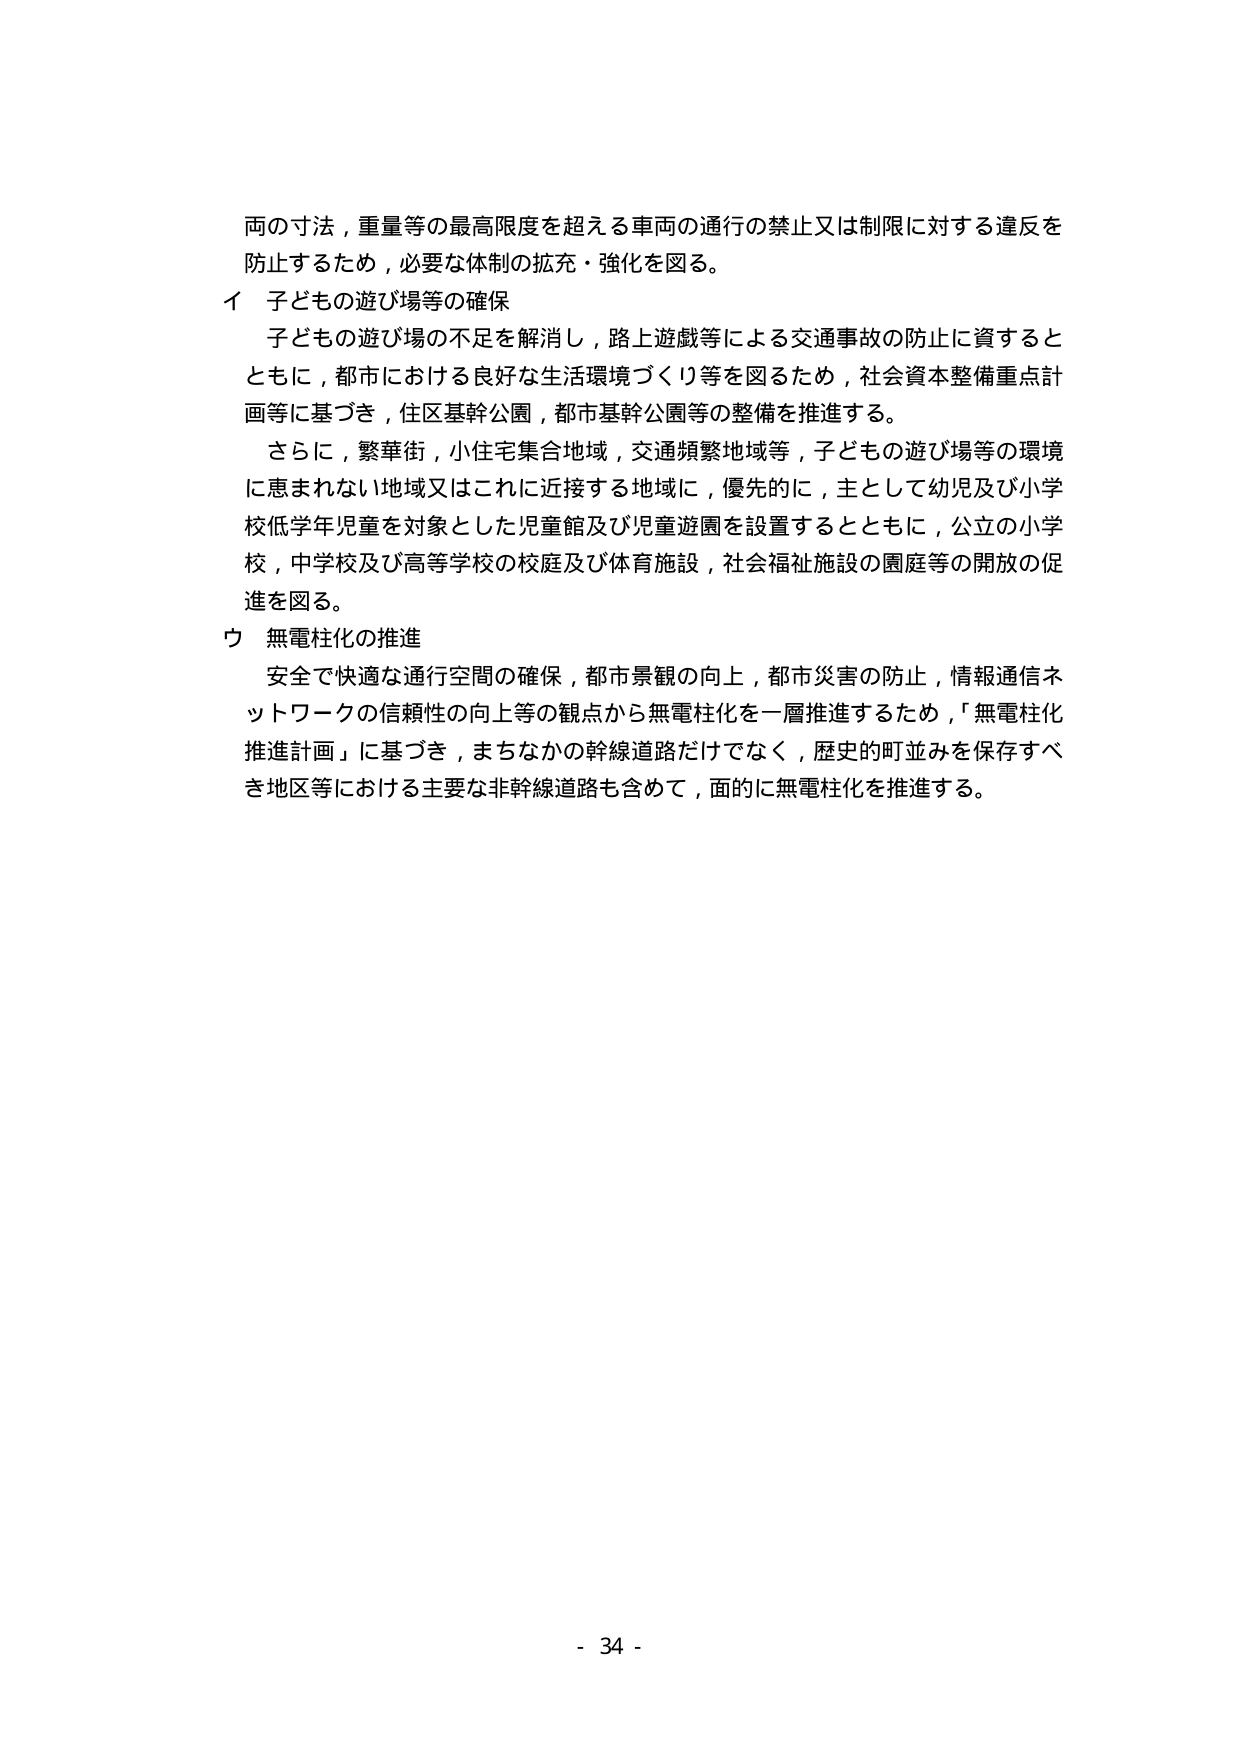
両の寸法，重量等の最高限度を超える車両の通行の禁止又は制限に対する違反を
防止するため，必要な体制の拡充・強化を図る。

イ 子どもの遊び場等の確保
　子どもの遊び場の不足を解消し，路上遊戯等による交通事故の防止に資すると
ともに，都市における良好な生活環境づくり等を図るため，社会資本整備重点計
画等に基づき，住区基幹公園，都市基幹公園等の整備を推進する。
　さらに，繁華街，小住宅集合地域，交通頻繁地域等，子どもの遊び場等の環境
に恵まれない地域又はこれに近接する地域に，優先的に，主として幼児及び小学
校低学年児童を対象とした児童館及び児童遊園を設置するとともに，公立の小学
校，中学校及び高等学校の校庭及び体育施設，社会福祉施設の園庭等の開放の促
進を図る。

ウ 無電柱化の推進
　安全で快適な通行空間の確保，都市景観の向上，都市災害の防止，情報通信ネ
ットワークの信頼性の向上等の観点から無電柱化を一層推進するため，「無電柱化
推進計画」に基づき，まちなかの幹線道路だけでなく，歴史的町並みを保存すべ
き地区等における主要な非幹線道路も含めて，面的に無電柱化を推進する。

- 34 -